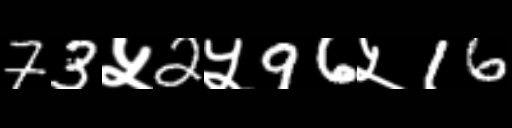
Text: 73५2५96५16